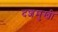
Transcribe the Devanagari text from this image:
दशमुखी